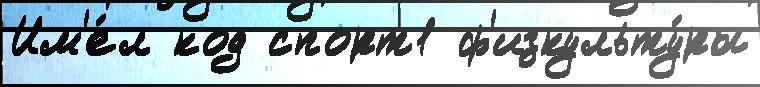
Им'е́л код спорт1 ф'изкульту́ры